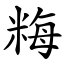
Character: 䊈